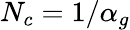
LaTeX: N_{c}=1/\alpha_{g}